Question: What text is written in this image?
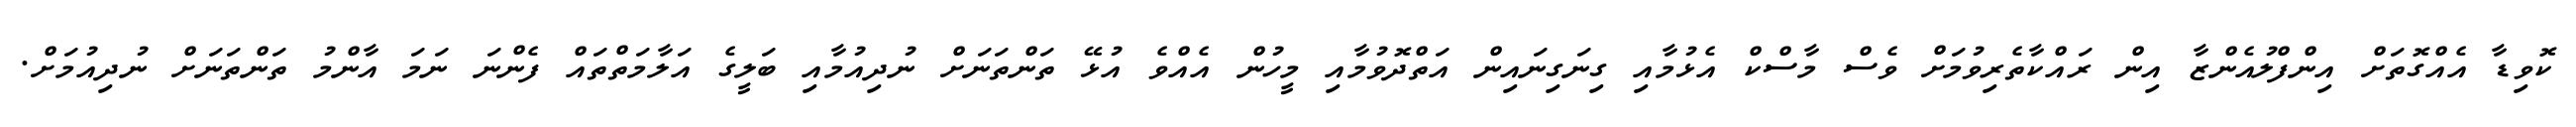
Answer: ކޮވިޑާ އެއްގޮތަށް އިންފްލުއެންޒާ އިން ރައްކާތެރިވުމަށް ވެސް މާސްކް އެޅުމާއި ގިނަގިނައިން އަތްދޮވުމާއި މީހުން އެއްވެ އުޅޭ ތަންތަނަށް ނުދިއުމާއި ބަލީގެ އަލާމަތްތައް ފެންނަ ނަމަ އާންމު ތަންތަނަށް ނުދިއުމަށް.